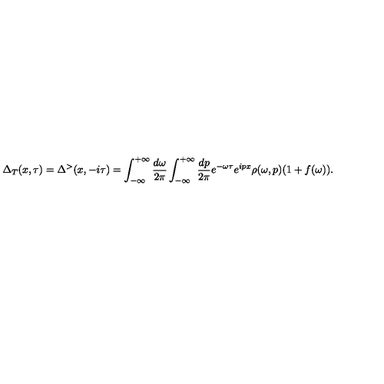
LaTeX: \Delta _ { T } ( x , \tau ) = \Delta ^ { > } ( x , - i \tau ) = \int _ { - \infty } ^ { + \infty } \frac { d \omega } { 2 \pi } \int _ { - \infty } ^ { + \infty } \frac { d p } { 2 \pi } e ^ { - \omega \tau } e ^ { i p x } \rho ( \omega , p ) ( 1 + f ( \omega ) ) .